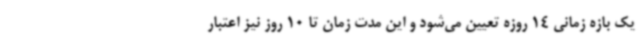
یک بازه زمانی 14 روزه تعیین می‌شود و این مدت زمان تا 10 روز نیز اعتبار